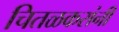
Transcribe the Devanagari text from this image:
चितळकरांनी